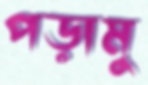
পড়ামু